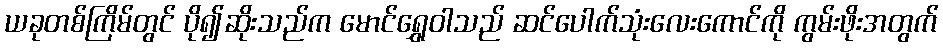
ယခုတစ်ကြိမ်တွင် ပို၍ဆိုးသည်က မောင်ရွှေဝါသည် ဆင်ပေါက်သုံးလေးကောင်ကို ကွမ်းဖိုးအတွက်